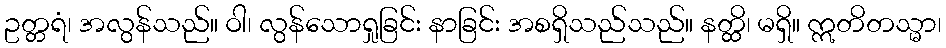
ဥတ္တရံ၊ အလွန်သည်။ ဝါ၊ လွန်သောရှုခြင်း နာခြင်း အစရှိသည်သည်။ နတ္ထိ၊ မရှိ။ ဣတိတသ္မာ၊